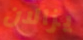
يزالان